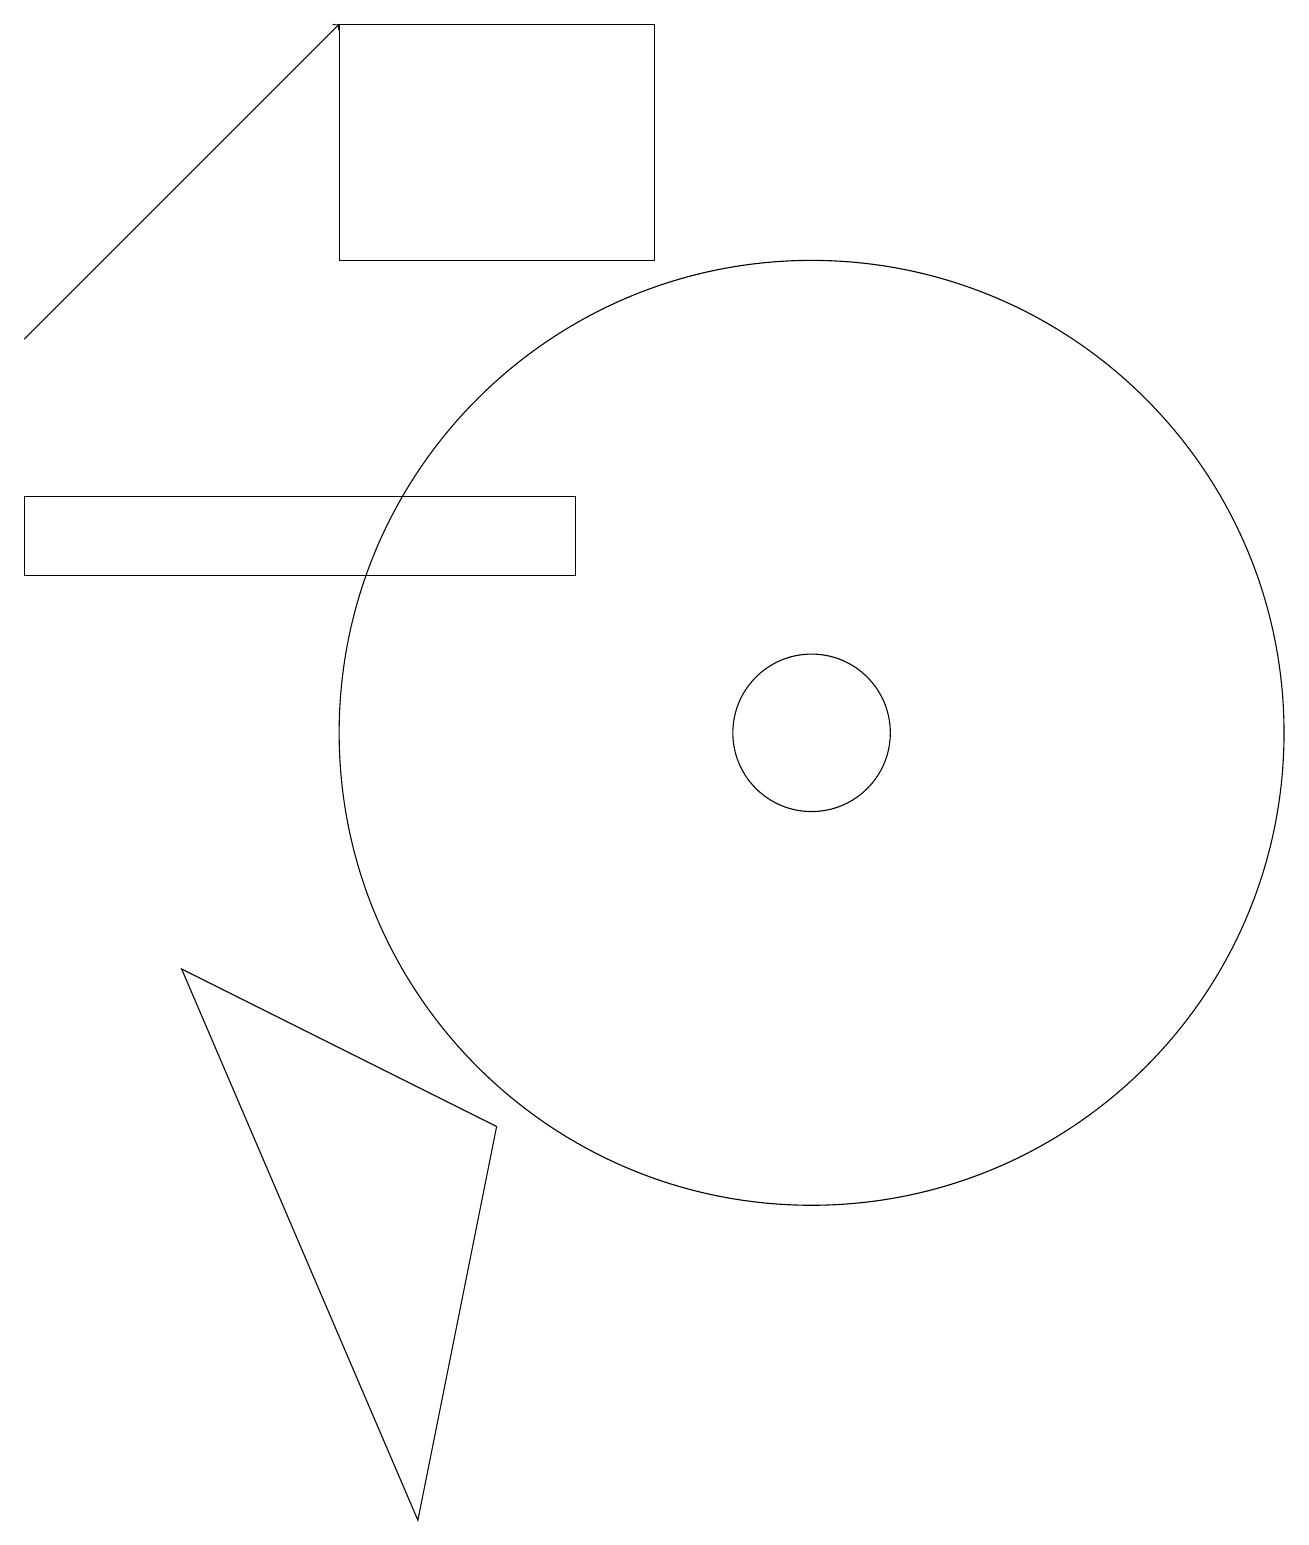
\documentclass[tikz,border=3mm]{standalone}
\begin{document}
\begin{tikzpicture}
\draw (5,16) rectangle (9,19);
\draw (8,13) rectangle (1,12);
\draw (11,10) circle (1);
\draw (11,10) circle (6);
\draw[->] (1,15) -- (5,19);
\draw (3,7) -- (7,5) -- (6,0) -- cycle;
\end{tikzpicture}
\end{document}